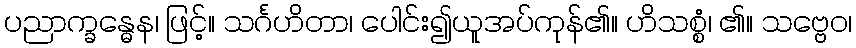
ပညာက္ခန္ဓေန၊ ဖြင့်။ သင်္ဂဟိတာ၊ ပေါင်း၍ယူအပ်ကုန်၏။ ဟိသစ္စံ၊ ၏။ သဗ္ဗေဝ၊